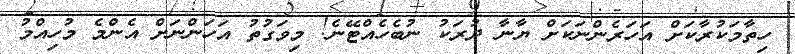
ހިތާމަކުރާކަށް އަހަރެންނަކަށް ޔާނާ ދުރަކު ނުބެހެއްޓޭނެ! މިވަގުތު އަހަންނަށް އެންމެ މުހިއްމު